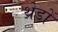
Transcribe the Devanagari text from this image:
थ्रेडों